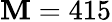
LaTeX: \mathbf{M}=415